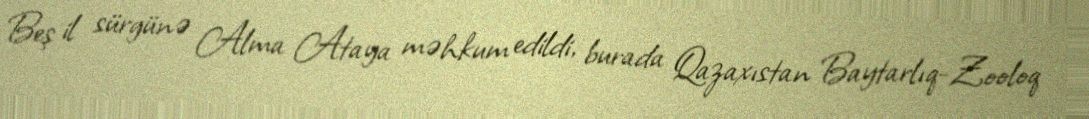
Beş il sürgünə Alma Ataya məhkum edildi, burada Qazaxıstan Baytarlıq-Zooloq